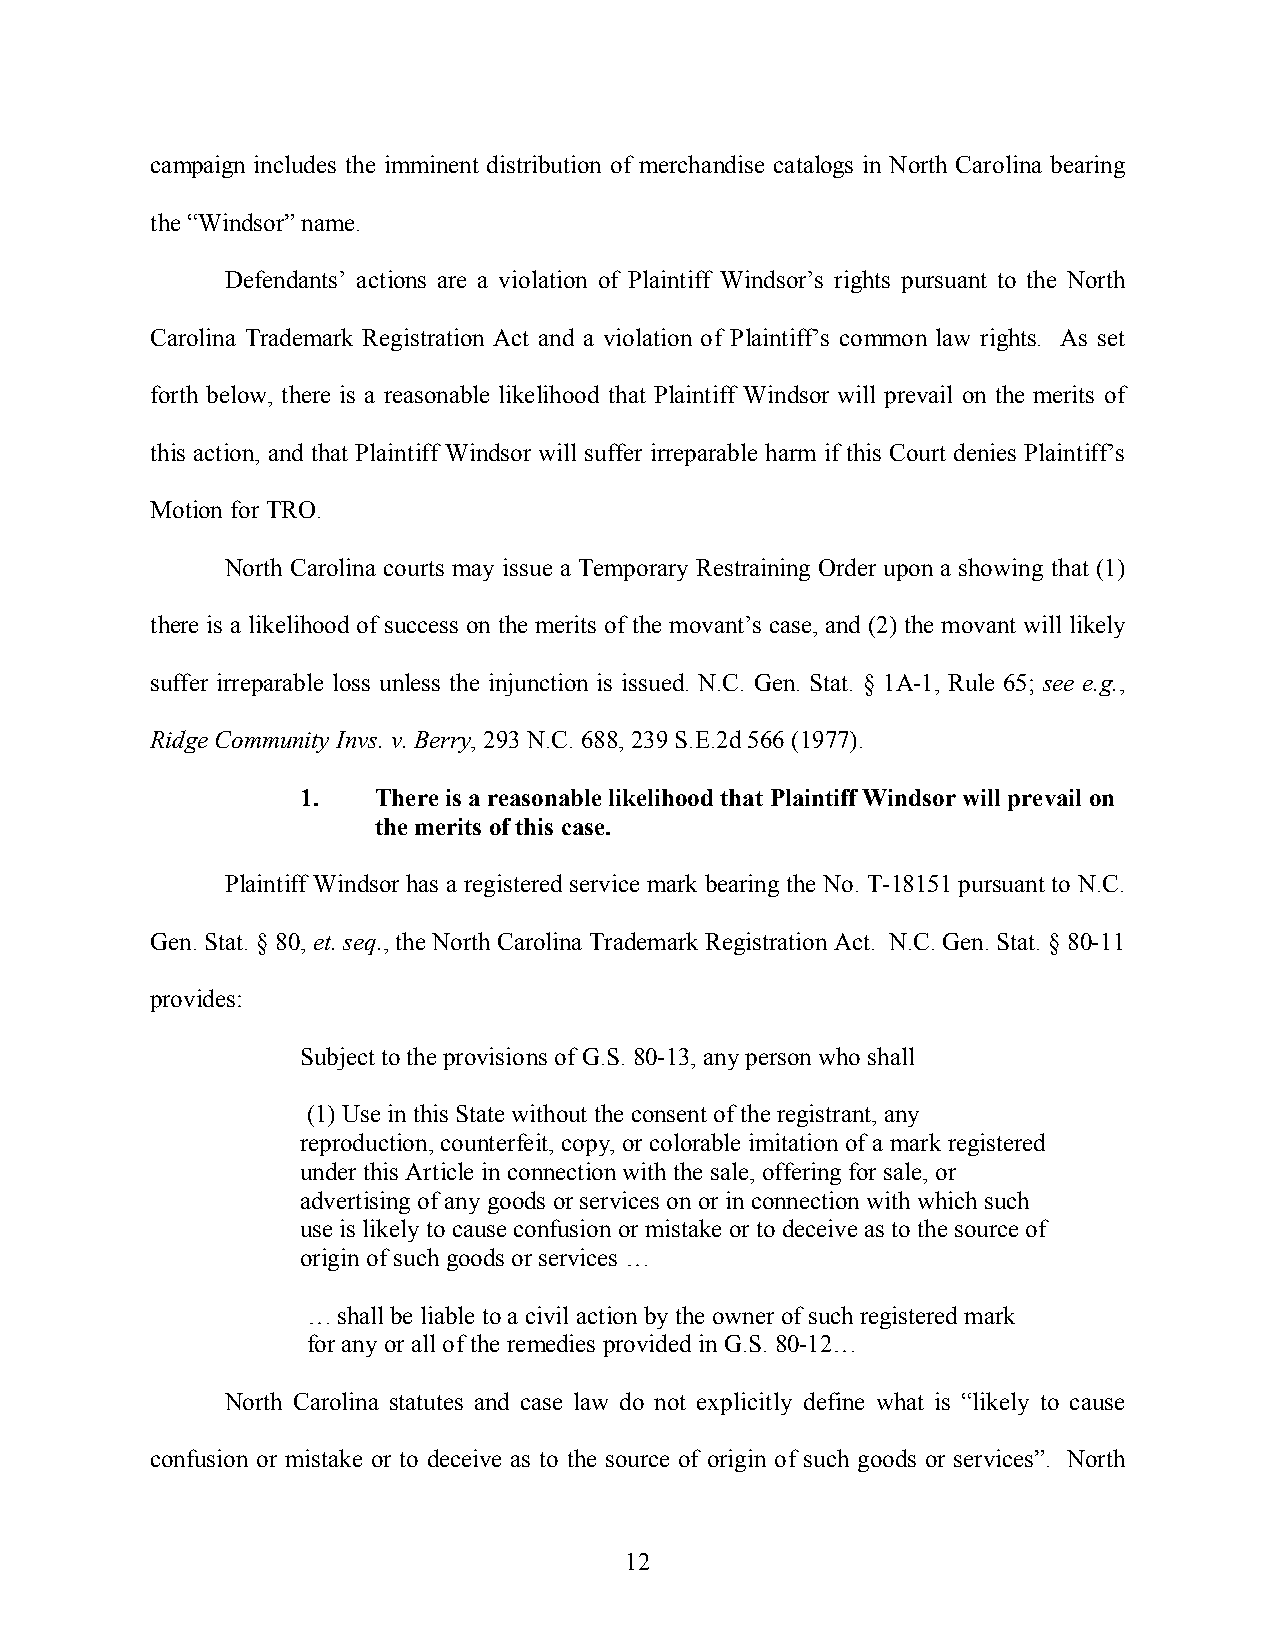
campaign includes the imminent distribution of merchandise catalogs in North Carolina bearing
 the “Windsor” name.
 Defendants’ actions are a violation of Plaintiff Windsor’s rights pursuant to the North
 Carolina Trademark Registration Act and a violation of Plaintiff’s common law rights. As set
 forth below, there is a reasonable likelihood that Plaintiff Windsor will prevail on the merits of
 this action, and that Plaintiff Windsor will suffer irreparable harm if this Court denies Plaintiff’s
 Motion for TRO.
 North Carolina courts may issue a Temporary Restraining Order upon a showing that (1)
 there is a likelihood of success on the merits of the movant’s case, and (2) the movant will likely
 suffer irreparable loss unless the injunction is issued. N.C. Gen. Stat. § 1A-1, Rule 65; see e.g.,
 Ridge Community Invs.v. Berry, 293 N.C. 688, 239 S.E.2d 566 (1977).
 1.   There is a reasonable likelihood that Plaintiff Windsor will prevail on
 the merits of this case.
 Plaintiff Windsor has a registered service mark bearing the No. T-18151 pursuant to N.C.
 Gen. Stat. § 80, et. seq., the North Carolina Trademark Registration Act. N.C. Gen. Stat. § 80-11
 provides:
 Subject to the provisions of G.S. 80-13, any person who shall
 (1) Use in this State without the consent of the registrant, any
 reproduction, counterfeit, copy, or colorable imitation of a mark registered
 under this Article in connection with the sale, offering for sale, or
 advertising of any goods or services on or in connection with which such
 use is likely to cause confusion or mistake or to deceive as to the source of
 origin of such goods or services …
 … shall be liable to a civil action by the owner of such registered mark
 for anyor allofthe remedies provided in G.S. 80-12…
 North Carolina statutes and case law do not explicitly define what is “likely to cause
 confusion or mistake or to deceive as to the source of origin of such goods or services”. North
 12